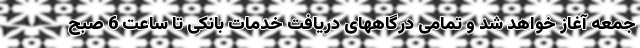
جمعه آغاز خواهد شد و تمامی درگاههای دریافت خدمات بانکی تا ساعت 6 صبح